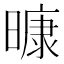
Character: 𭧠